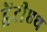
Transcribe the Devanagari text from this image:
ट्वेंटीएथ